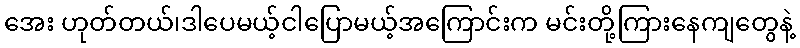
အေး ဟုတ်တယ်၊ဒါပေမယ့်ငါပြောမယ့်အကြောင်းက မင်းတို့ကြားနေကျတွေနဲ့